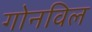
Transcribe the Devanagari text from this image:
गोनविल